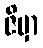
ဇိမှာ